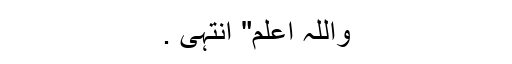
واللہ اعلم" انتہی .